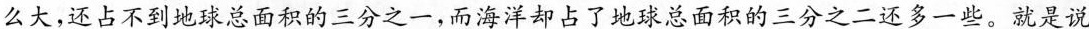
么大，还占不到地球总面积的三分之一，而海洋却占了地球总面积的三分之二还多一些。就是说